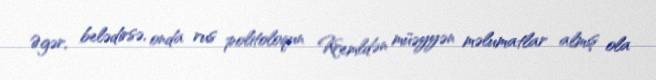
Əgər, belədirsə, onda rus politoloqun Kremldən müəyyən məlumatlar almış ola